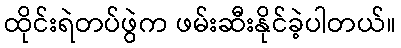
ထိုင်းရဲတပ်ဖွဲက ဖမ်းဆီးနိုင်ခဲ့ပါတယ်။